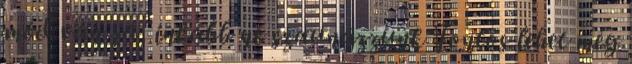
mód van rá, inkább ne szaunázzunk Fontos lehet még